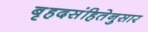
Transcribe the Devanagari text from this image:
बृहदसंहितेनुसार